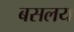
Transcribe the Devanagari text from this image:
बसलय